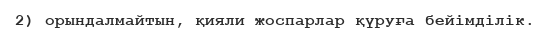
2) орындалмайтын, қияли жоспарлар қүруға бейімділік.